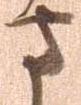
さ